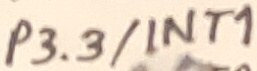
Text: P3.3/INT1